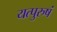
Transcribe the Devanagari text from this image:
यत्पुरुषं